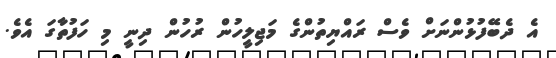
އެ ދެބޭފުޅުންނަށް ވެސް ރައްޔިތުންގެ މަޖިލީހުން ރުހުން ދިނީ މި ހަފުތާގަ އެވެ.